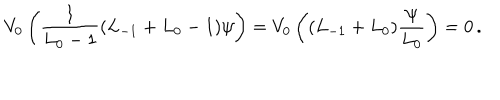
V _ { 0 } \left( { \frac { 1 } { L _ { 0 } - 1 } } ( L _ { - 1 } + L _ { 0 } - 1 ) \psi \right) = V _ { 0 } \left( ( L _ { - 1 } + L _ { 0 } ) { \frac { \psi } { L _ { 0 } } } \right) = 0 \, .